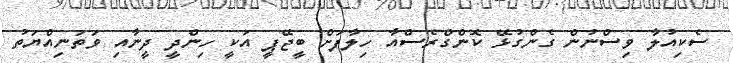
ސެކިއުލާ ވިސްނުން ގެންގުޅޭ ކޮންގްރެސްއާ ހިލާފަށް ބީޖޭޕީ އަކީ ހިންދީ ދީނާއި ވަތަނިއްޔަތު